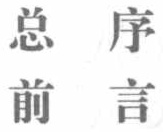
总 序

前 言